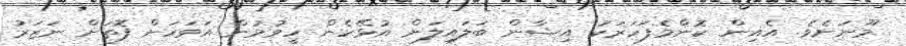
މޫނަށެވެ. އެއިން ކޮންމެފަހަރަކު އިޝާން ބަލައިލަން އުޅޭހެން ހީވުމުން އަވަހަށް ފޮތަށް ނަޒަރު